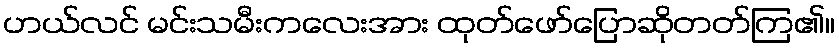
ဟယ်လင် မင်းသမီးကလေးအား ထုတ်ဖော်ပြောဆိုတတ်ကြ၏။